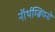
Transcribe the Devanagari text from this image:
नॉर्थम्ब्रियनों